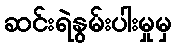
ဆင်းရဲနွမ်းပါးမှုမှ